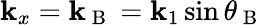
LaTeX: \mathbf{k}_{x}=\mathbf{k}_{\mathrm{{~B~}}}=\mathbf{k}_{1}\sin\theta_{\mathrm{{~B~}}}